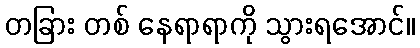
တခြား တစ် နေရာရာကို သွားရအောင်။